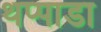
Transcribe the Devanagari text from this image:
थप्पाडा